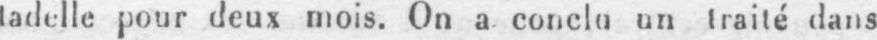
tadelle pour deux mois. On a conclu un traité dans